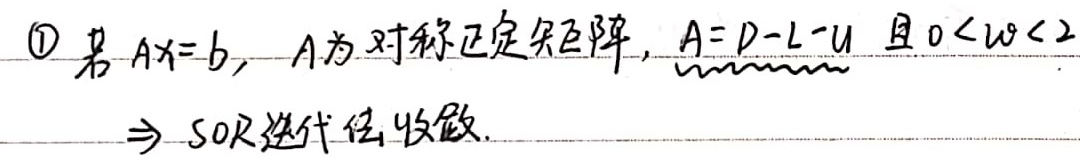
\textcircled{1} 若 \(Ax = b\)，\(A\) 为对称正定矩阵，\(A = D - L - U\) 且 \(0<\omega<2\)，则 SOR 迭代法收敛.